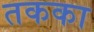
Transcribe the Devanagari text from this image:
तकका